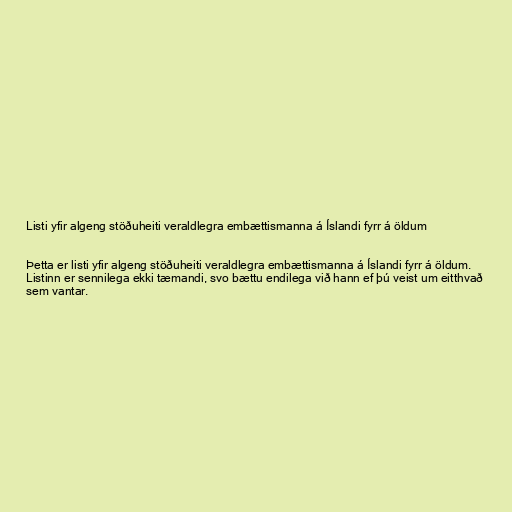
Listi yfir algeng stöðuheiti veraldlegra embættismanna á Íslandi fyrr á öldum

Þetta er listi yfir algeng stöðuheiti veraldlegra embættismanna á Íslandi fyrr á öldum.
Listinn er sennilega ekki tæmandi, svo bættu endilega við hann ef þú veist um eitthvað
sem vantar.